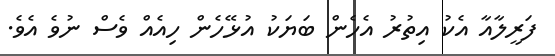
ފަރީލާއާ އެކު އިތުރު އެހެން ބަޔަކު އުޅޭހެން ހިއެއް ވެސް ނުވެ އެވެ.